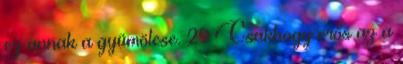
ez annak a gyümölcse. 29 Csakhogy erős az a